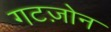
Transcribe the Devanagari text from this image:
गटज़ोन